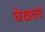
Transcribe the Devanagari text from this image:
चेखवचे